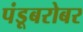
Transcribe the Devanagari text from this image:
पंडूबरोबर